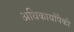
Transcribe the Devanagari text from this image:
अधिकार्यांपैकी